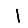
Digit: 1